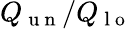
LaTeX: Q_{\mathrm{~u~n~}}/Q_{\mathrm{~l~o~}}